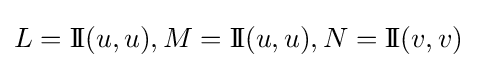
L=\mathrm {I\!I} (u,u),M=\mathrm {I\!I} (u,u),N=\mathrm {I\!I} (v,v)